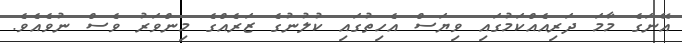
އޭނަގެ މާމަ ދަރިއެއްކަމުގައި ވިޔަސް އެހިތުގައި ކުލުނުގެ ޒަރެއްގެ މިންވަރު ވެސް ނުވެއެވެ.